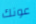
عونك